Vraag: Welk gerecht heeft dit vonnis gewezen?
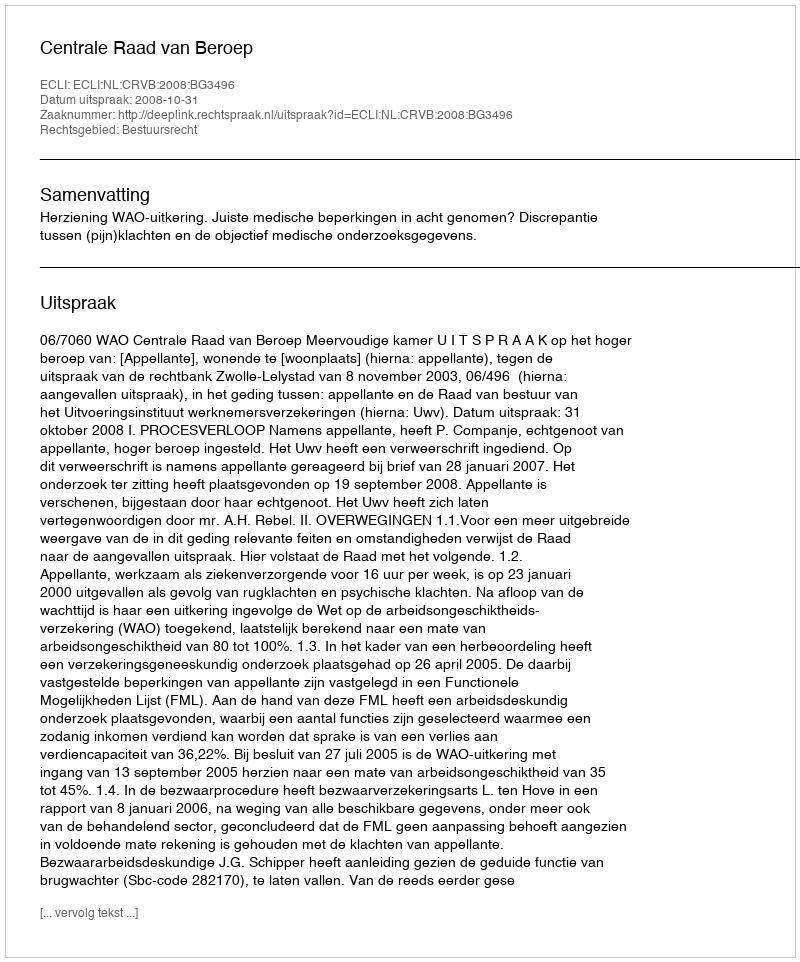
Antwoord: Centrale Raad van Beroep